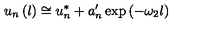
u _ { n } \left( l \right) \cong u _ { n } ^ { * } + a _ { n } ^ { \prime } \exp \left( - \omega _ { 2 } l \right)